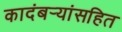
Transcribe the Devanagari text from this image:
कादंबर्‍यांसहित